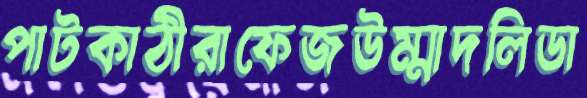
পাটকাঠীরাফেজউম্মাদলিডা